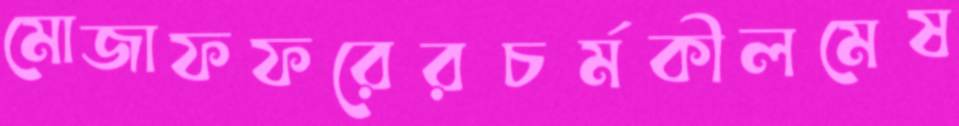
মোজাফফরেরচর্মকীলমেষ